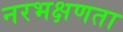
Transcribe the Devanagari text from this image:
नरभक्षणता